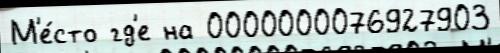
М'е́сто гд'е на 0000000076927903